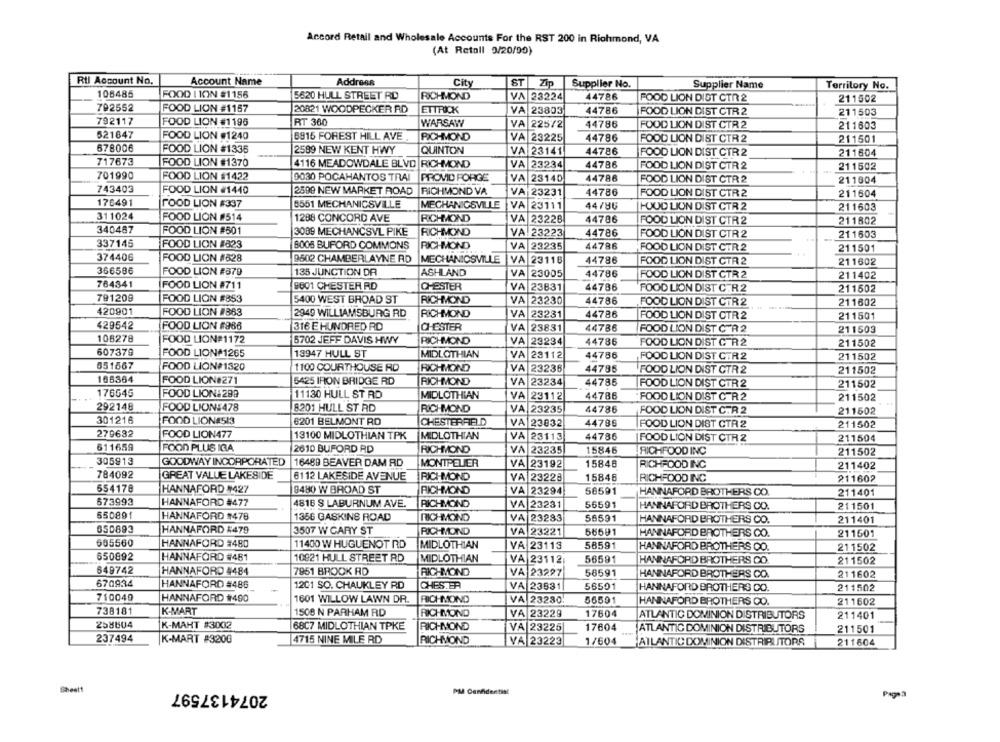
Accord Retail and Wholesale Accounts For the RST 200 in Richmond, VA
(At Retall 3/20/00)
Rtl Account No.
Account Name
Address
City
ST Zip
Supplier No.
Supplier Name
Territory No.
108485
FOOD I ION #1156
5620 HULL STREET RD
RICHMOND
VA 23224
44786
FOOD LION DIST CTR 2
211502
792552
FOOD LION #1157
20821 WOODPECKER RD
ETTRICK
VA
23803
44786
FOOD LION DIST CTR 2
211503
792117
FOOD LION #1196
RT 360
WARSAW
A 22572
44786
FOOD LION DIST CTR 2
211603
521847
FOOD LION #1240
6916 FOREST HILL AVE
RICHMOND
VA 23225
44786
FOOD LION DIST CTR 2
211501
678006
FOOD LION #1335
QUINTON
2589 NEW KENT HWY
VA 23141
44786
FOOD LION DIST CTR 2
211604
717673
FOOD LION #1370
4116 MEADOWDALE BLVD RICHMOND
VA 23234
44786
FOOD LION DIST CTR 2
211502
701990
FOOD LION #1422
0030 POCAHANTOS TRAI
PROVID FORGE
VA 23140
44788
FOOD LION DIST CTR 2
211604
743403
FOOD LION #1440
2500 NEW MARKET ROAD
RICHMOND VA
VA 23231
44786
FOOD LION DIST CTR 2
211604
176491
FOOD LION #337
8551 MECHANICSVILLE
MECHANICSVILLE
VA 23111
44786
HOUD LION DIST CTR 2
211603
311024
FOOD LION #514
1288 CONCORD AVE
RICHMOND
VA 23228
44786
FOOD LION DIST CTR 2
211802
340467
FOOD LION #501
3089 MECHANCSVL PIKE
RICHMOND
VA 23223
44786
FOOD LION DIST CTR 2
211603
337145
FOOD LION #823
8008 BUFORD COMMONS
VA 23235
44786
RICHMOND
FOOD LION DIST CTR 2
211501
374406
FOOD LION #828
9602 CHAMBERLAYNE AD
MECHANICSVILLE
VA 23118
44786
FOOD LION DIST CTR 2
211602
366586
FOOD LION #379
135 JUNCTION DR
ASHLAND
VA 23005
44786
FOOD LION DIST CTR 2
211402
764341
FOOD LION #711
9601 CHESTER RD
CHESTER
VA 23831
44786
FOOD LION DIST CTR 2
211502
791209
FOOD LION #853
5400 WEST BROAD ST
RICHMOND
VA 23230
44786
FOOD LION DIST CTR 2
211602
420901
FOOD LION #863
2949 WILLIAMSBURG RD
RICHMOND
VA 23231
44786
FOOD LION DIST CTR 2
211501
429542
FOOD LION #986
316 E HUNDRED RD
CHESTER
44786
VA 23831
FOOD LION DIST CTR 2
211503
106278
FOOD LION#1172
5702 JEFF DAVIS HWY
RICHMOND
VA 23234
44786
FOOD LION DIST CTR 2
211502
607379
FOOD LION#1265
13947 HULL ST
MIDLOTHIAN
VA 23112
44786
FOOD LION DIST CTR 2
211502
651567
FOOD LION#1320
1100 COURTHOUSE RD
RICHMOND
VA 23236
44785
FOOD LION DIST CTR 2
211502
166364
FOOD LION#271
5425 IRON BRIDGE RD
RICHMOND
VA 23234
44785
FOOD LION DIST CTR 2
211502
176545
FOOD LION 299
11130 HULL ST RD
MIDLOTHIAN
VA 23112
44786
FOOD LION DIST CTR 2
211502
292148
FOOD LION-478
8201 HULL ST RD
RICHMOND
VA 23235
44786
FOOD LION DIST CTR 2
211602
301216
FOOD LIONE513
6201 BELMONT RD
CHESTERFIELD
VA 23032
44786
FOOD LION DIST CTR 2
211502
279632
FOOD LION477
13100 MIDLOTHIAN TPK
MIDLOTHIAN
VA 23113
44786
FOOD LION DIST CTR 2
211504
611659
FOOD PLUS IGA
2610 BUFORD RD
RICHMOND
VA 23235
15846
RICHFOOD INC
211502
305913
GOODWAY INCORPORATED
16489 BEAVER DAM RD
MONTPELIER
VA 23192
15846
RICHFOOD INC
211402
784092
GREAT VALUE LAKESIDE
6112 LAKESIDE AVENUE
RICHMOND
VA 23228
15846
RICHFOOD INC
211602
654178
HANNAFORD #427
8480 W BROAD ST
RICHMOND
VA 23294
56591
HANNAFORD BROTHERS CO.
211401
673993
HANNAFORD #477
4816 S LABURNUM AVE.
RICHMOND
VA 23231
56591
HANNAFORD BROTHERS CO.
211501
650891
HANNAFORD #478
1356 GASKINS ROAD
RICHMOND
VA 23283
56591
HANNAFORD BROTHERS CO.
211401
650893
HANNAFORD #479
3507 W GARY ST
RICHMOND
VA 23221
56591
HANNAFORD BROTHERS CO.
211501
665560
HANNAFORD #480
11400 W HUGUENOT RD
MIDLOTHIAN
VA 23113
58591
HANNAFORD BROTHERS CO.
211502
650892
HANNAFORD #481
10821 HULL STREET RD
MIDLOTHIAN
VA 23112
56591
HANNAFORD BROTHERS CO
211502
649742
HANNAFORD 4484
7951 BROOK RD
RICHMOND
VA 23227
58591
HANNAFORD BROTHERS CO.
211602
670934
HANNAFORD #486
1201 SO. CHAUKLEY RD
CHESTER
VA 23831
56591
211502
HANNAFORD BROTHERS CO.
710040
HANNAFORD #1490
1601 WILLOW LAWN DR.
RICHMOND
VA 23230
56591
HANNAFORD BROTHERS CO.
211602
738181
K-MART
1508 N PARHAM RD
RICHMOND
VA 23229
17604
ATLANTIC DOMINION DISTRIBUTORS
211401
258604
K-MAHT #3002
68C7 MIDLOTHIAN TPKE
RICHMOND
VA 23225
17604
ATLANTIC DOMINION DISTRIBUTORS
211501
237494
K-MART #3200
4715 NINE MILE RD
RICHMOND
VA 23223
1/604
ATLANTIC DOMINION DISTRIBUTORS
211604
Sheett
2074137597
PM Confidentist